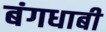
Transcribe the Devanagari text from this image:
बंगधाबी